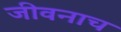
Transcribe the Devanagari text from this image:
जीवनाच